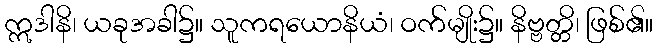
ဣဒါနိ၊ ယခုအခါ၌။ သူကရယောနိယံ၊ ဝက်မျိုး၌။ နိဗ္ဗတ္တိ၊ ဖြစ်၏။